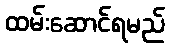
ထမ်းဆောင်ရမည်